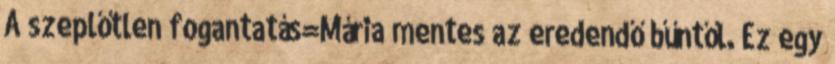
A szeplőtlen fogantatás=Mária mentes az eredendő bűntől. Ez egy